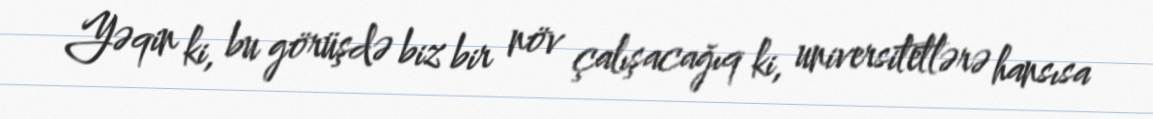
Yəqin ki, bu görüşdə biz bir növ çalışacağıq ki, universitetlərə hansısa